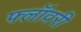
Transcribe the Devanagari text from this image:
फ्लॉवरी